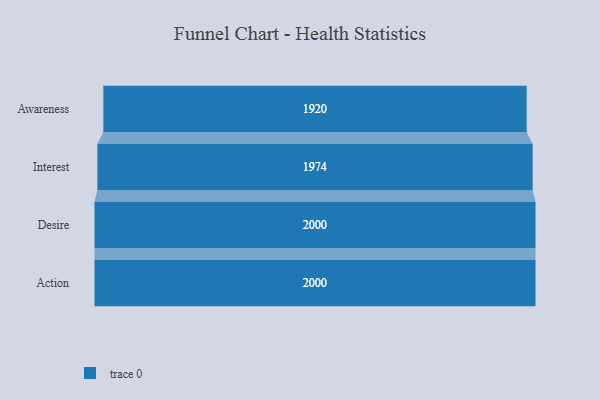
{"axis": {"x": "Stage", "y": "Value"}, "legend": [""], "data": [{"x": "Awareness", "y": 1920.0, "type": ""}, {"x": "Interest", "y": 1974.0, "type": ""}, {"x": "Desire", "y": 2000, "type": ""}, {"x": "Action", "y": 2000, "type": ""}]}